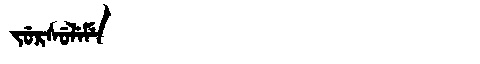
Manchu: ᠵᡠᡵᠰᡠᠯᡝᠮᡝ
Romanization: JURSULEME